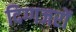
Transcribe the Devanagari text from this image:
दिग्गजरों